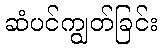
ဆံပင်ကျွတ်ခြင်း